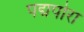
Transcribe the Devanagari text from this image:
पद्मपोरा